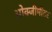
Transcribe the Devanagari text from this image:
ओक्जीमीटर